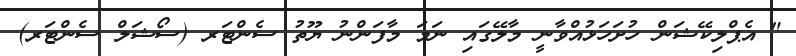
" އެޕްލިކޭޝަން ހުށަހަޅުއްވާނީ މާލޭގައި ނަމަ މާފަންނު ޔޫތު ސެންޓަރ (ސޯޝަލް ސެންޓަރ)